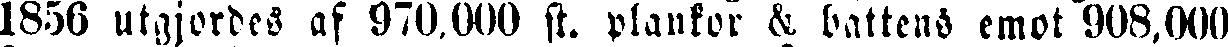
1856 utgjordes af 970,000 st. plankor & battens emot 908,000